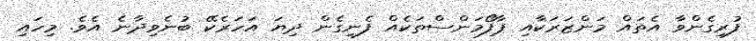
ފުރިގެންވާ އެތައް މަންޒަރަކާއި ޕާފޯމަންސްތަކެއް ފެނިގެން ދިޔަ އަހަރެކޭ ބުނެވިދާނެ އެވެ. މިހައި